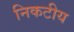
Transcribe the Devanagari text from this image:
निकटीय